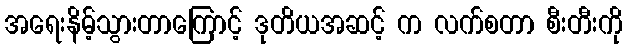
အရေးနိမ့်သွားတာကြောင့် ဒုတိယအဆင့် က လက်စတာ စီးတီးကို